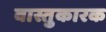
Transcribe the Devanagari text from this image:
वास्तुकारक